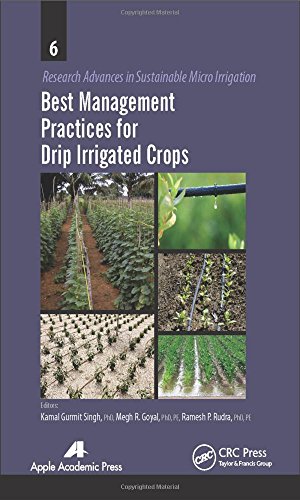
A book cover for Best Management Practices for Drip Irrigated Crops (Research Advances in Sustainable Micro Irrigation); Science & Math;